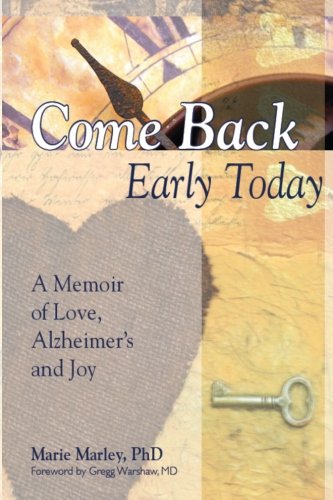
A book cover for Come Back Early Today: A Memoir of Love, Alzheimer's and Joy; Marie Marley PhD; Health, Fitness & Dieting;